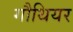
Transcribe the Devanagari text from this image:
गौथियर